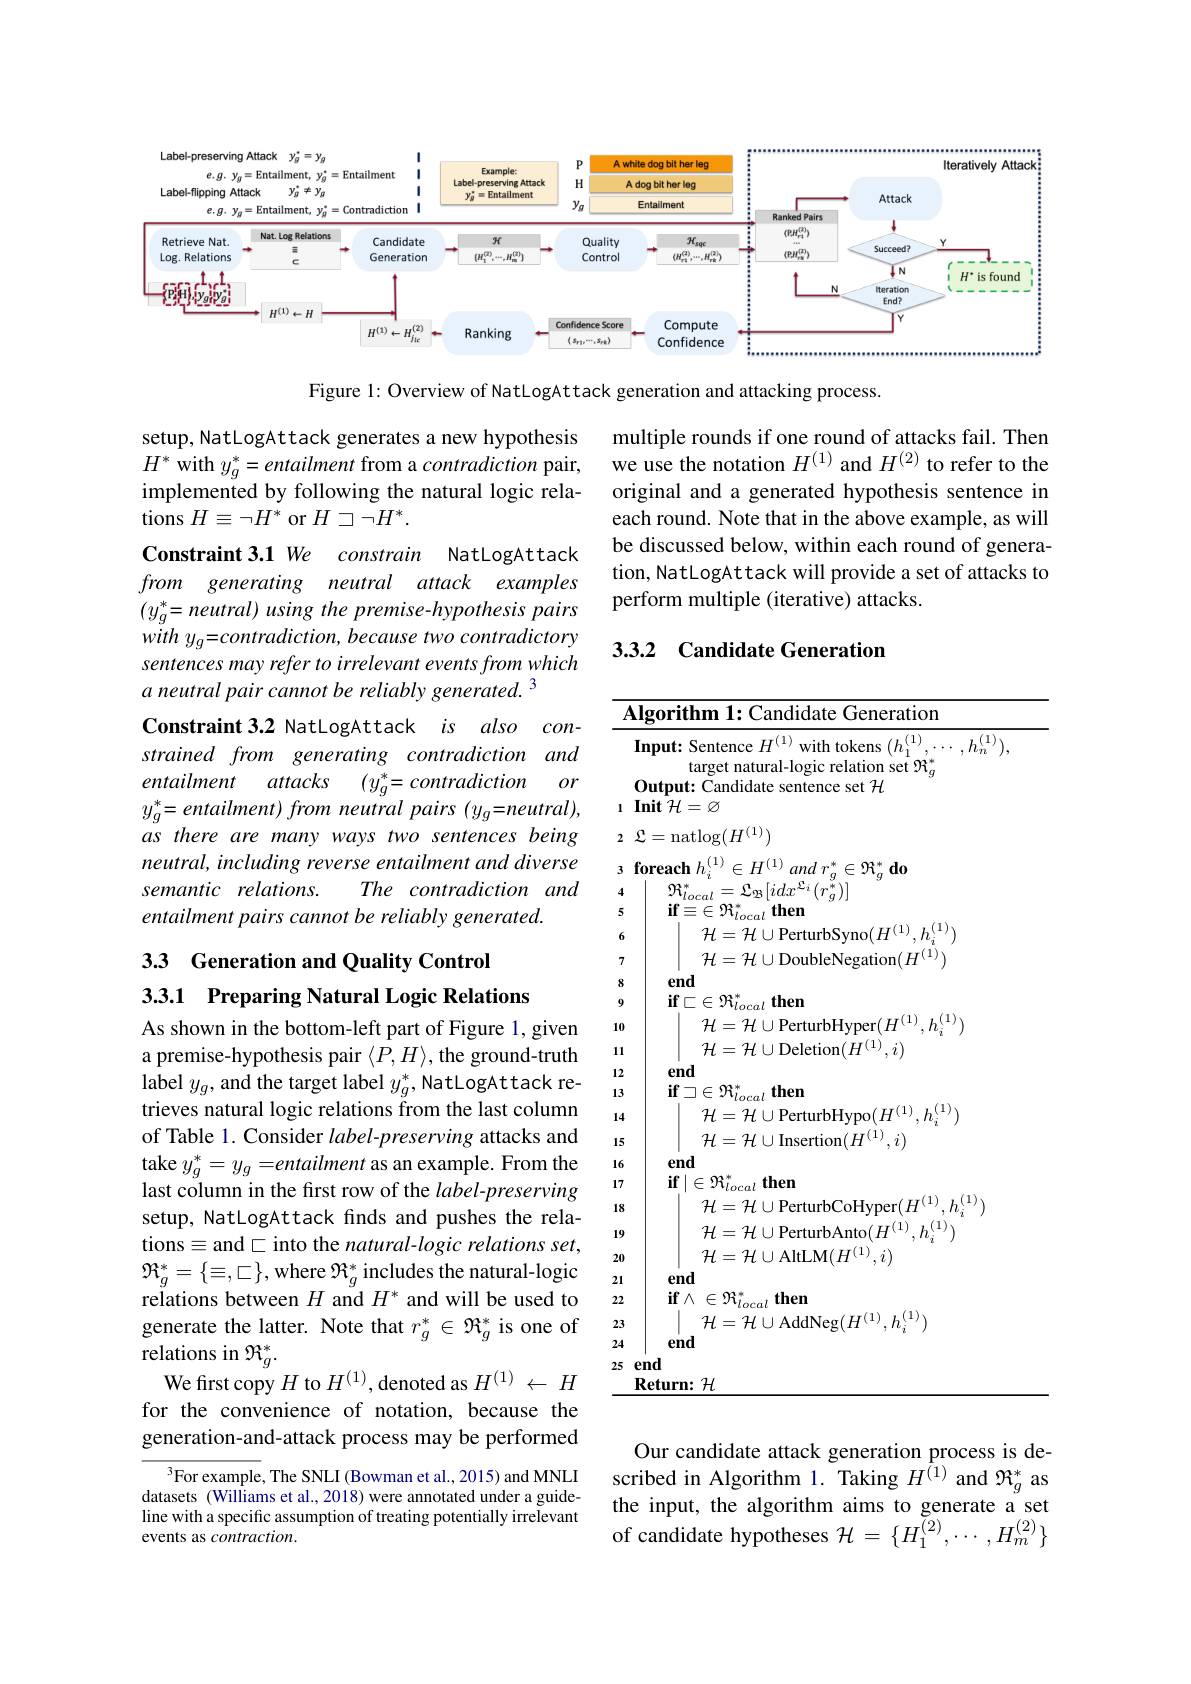
<FigureHere>

Figure 1: Overview of NatLogAttack generation and attacking process.

multiple rounds if one round of attacks fail. Then we use the notation $H^{(1)}$ and $H^{(2)}$ to refer to the original and a generated hypothesis sentence in each round. Note that in the above example, as will be discussed below, within each round of generation, NatLogAttack will provide a set of attacks to perform multiple (iterative) attacks.

### 3.3.2 Candidate Generation

setup, NatLogAttack generates a new hypothesis $H^{*}$ with $y_g^*=entailment$ from a contradiction pair, implemented by following the natural logic relations $H\equiv\neg H^*$ or $H\supset\neg H^*.$
Constraint 3.1 We constrain NatLogAttack from generating neutral attack examples $\begin{array}{l}(y_{g}^{*}=neutral)\:using\:the\:premise-hypothesis\:pairs\\with\:y_{g}=contradiction,\:because\:two\:contradictory\end{array}$ sentences may refer to irrelevant events from which a neutral pair cannot be reliably generated. 3
Constraint 3.2 NatLogAttack is also constrained from generating contradiction and entailment attacks $(y_g^*=contradiction$
$or$
$y_{g}^{*}=entailment)from$ neutral pairs $(y_{g}=neutral)$, as there are many ways two sentences being neutral, including reverse entailment and diverse
The contradiction and
semantic relations.
entailment pairs cannot be reliably generated.

## 3.3 Generation and Quality Control 3.3.1 Preparing Natural Logic Relations

Algorithm 1: Candidate Generation
${\frac{\mathbf{Input:~Sentence~}H^{(1)}\text{ with tokens }(h_{1}^{(1)},\cdots,h_{n}^{(1)}),}}{\mathrm{target~natural-logic~relation~set~}\mathfrak{R}_{g}^{*}}$
Output: Candidate sentence set $\mathcal{H}$
$1\textbf{ Init }{\mathcal{H} }= \varnothing$
2 ${\mathcal{L} }=$natlog$(H^(1))$
$3\textbf{ foreach }h_{i}^{( 1) }\in H^{( 1) }$ and $r_g^* \in \Re _g^* \textbf{do}$
4
$\begin{array}{l}{\Re_{local}^{*}=\mathcal{L}_{\mathfrak{B}}[idx^{\mathfrak{L}_{i}}(r_{g}^{*})]}\\{\mathbf{if}\equiv\in\mathcal{H}_{local}^{*}\mathbf{then}}\end{array}$
5
${\mathcal H}={\mathcal H}\cup{\mathsf PerturbSyno}(H^{(1)},h_{i}^{(1)})$
6
$\mathcal{H}=\mathcal{H}\cup$DoubleNegation$(H^(1))$
7
end
8
$\mathbf{if}\subset\in\mathcal{R}_{local}^{*}$ then
9
${\mathcal H}={\mathcal H}\cup{\mathrm{PerturbHyper}}(H^{(1)},h_{i}^{(1)})$
1011
${\mathcal H}={\mathcal H}\cup$Deletion$(H^(1),i)$
12
end
13
$\mathbf{if}\supset\in\mathcal{R}_{local}^{*}$then
${\mathcal{H}=\mathcal{H}\cup\mathrm{PerturbHypo}(H^{(1)},h_{i}^{(1)})}$
14
$\mathcal{H}=\mathcal{H}\cup$Insertion$(H^(1),i)$
15
end
16
$\mathbf{if}\mid\in\Re_{local}^*\mathbf{then}$
17
${\mathcal H}={\mathcal H}\cup{\mathsf PerturbCoHyper}(H^{(1)},h_{i}^{(1)})$
18
$\mathcal{H}=\mathcal{H}\cup$PerturbAnto$(H^(1),h_i^{(1)})$
19
$\mathcal{H}=\mathcal{H}\cup$AltLM$(H^(1),i)$
21
end
22
$\mathbf{if}_{\perp}\wedge\in\mathcal{R}_{local}^{*}$then
${\mathcal H}={\mathcal H}\cup$AddNeg$(H^(1),h_i^{(1)})$
23
end
24
25 end
$\underline{\textbf{Return: H}}$

As shown in the bottom-left part of Figure 1, given a premise-hypothesis pair $\langle P,H\rangle$,the ground-truth label $y_g$, and the target label $y_g^*$, NatLogAttack retrieves natural logic relations from the last column of Table 1. Consider $label-preserving$ attacks and take $y_g^*=y_g=entailment$ as an example. From the last column in the first row of the $label-preserving$ setup, NatLogAttack finds and pushes the relations$\equiv$and$\subset$ into the natural-logic relations set, $\Re_{g}^{*}=\{\equiv,\square\}$,where $\Re_g^*$ includes the natural-logic relations between $H$ and $H^*$ and will be used to generate the latter. Note that $r_g^*\in\mathcal{R}_g^*$ is one of relations in $\Re_{g}^{*}.$
We first copy $H$ to $H^{(1)}$, denoted as $H^{(1)}\leftarrow H$ for the convenience of notation, because the generation-and-attack process may be performed

Our candidate attack generation process is described in Algorithm 1. Taking $H^{(1)}$ and $\Re_g^*$ as the input, the algorithm aims to generate a set of candidate hypotheses $\mathcal{H}=\{H_1^{(2)},\cdots,H_m^{(2)}\}$

$^3$For example, The SNLI (Bowman et al., 2015) and MNLI datasets (Williams et al., 2018) were annotated under a guideline with a specific assumption of treating potentially irrelevant events as $contraction.$